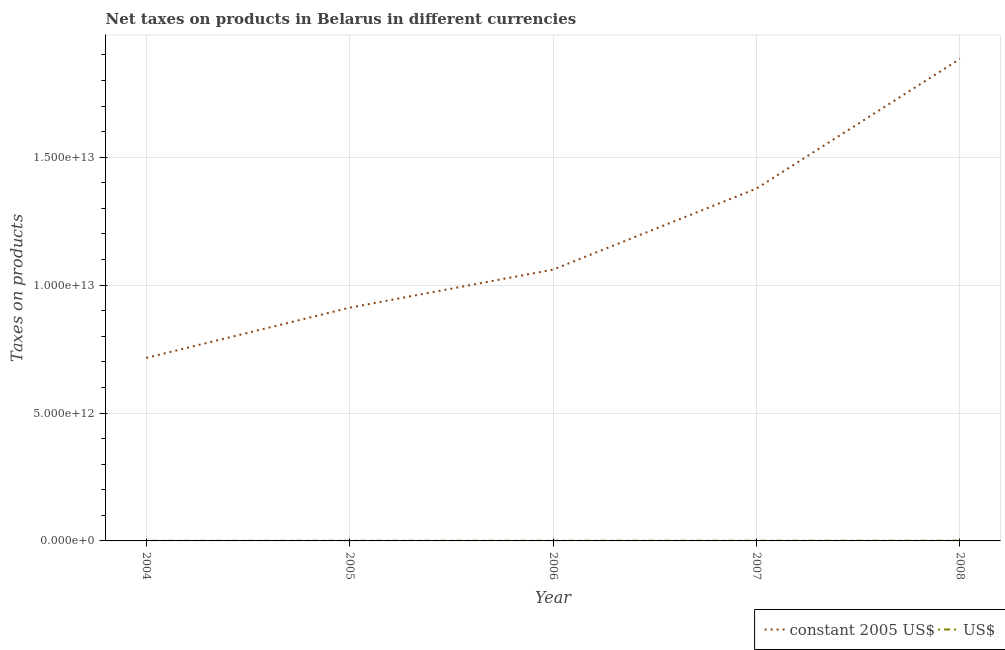
| Year | constant 2005 US$ | US$ |
 | --- | --- | --- |
 | 2004 | 7.16e+12 | 3.31e+09 |
 | 2005 | 9.12e+12 | 4.23e+09 |
 | 2006 | 1.06e+13 | 4.95e+09 |
 | 2007 | 1.38e+13 | 6.42e+09 |
 | 2008 | 1.88e+13 | 8.82e+09 |